Leprosy in India: report of the Leprosy Commission in India, 1890-91
Year: 1890
Disease focus: Leprosy
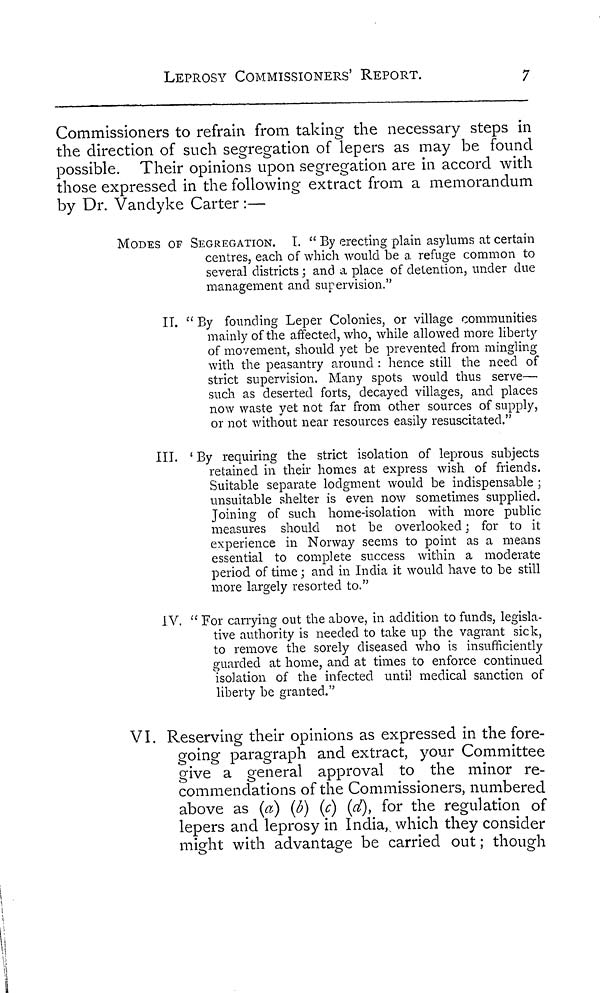
LEPROSY COMMISSIONERS' REPORT.
7
Commissioners to refrain, from taking the necessary steps in
the direction of such segregation of lepers as may be found
possible. Their opinions upon segregation are in accord with
those expressed in the following extract from a memorandum
by Dr. Vandyke Carter :—
MODES OF SEGREGATION. L. " By erecting plain asylums at certain
centres, each of which would be a refuge common to
several districts ; and a place of detention, under due
management and supervision."
IT. " By founding Leper Colonies, or village communities
mainly of the affected, who, while allowed more liberty
of movement, should yet be prevented from mingling
with the peasantry around : hence still the need of
strict supervision. Many spots would thus serve—
such as deserted forts, decayed villages, and places
now waste yet not far from other sources of supply,
or not without near resources easily resuscitated."
III. 'By requiring the strict isolation of leprous subjects
retained in their homes at express wish of friends.
Suitable separate lodgment would be indispensable ;
unsuitable shelter is even now sometimes supplied.
Joining of such home-isolation with more public
measures should not be overlooked ; for to it
experience in Norway seems to point as a means
essential to complete success within a moderate
period of time ; and in India it would have to be still
more largely resorted to."
IV. " For carrying out the above, in addition to funds, legisla-
tive authority is needed to take up the vagrant sick,
to remove the sorely diseased who is insufficiently
guarded at home, and at times to enforce continued
isolation of the infected until medical sanction of
liberty be granted."
VI. Reserving their opinions as expressed in the fore-
going paragraph and extract, your Committee
give a general approval to the minor re-
commendations of the Commissioners, numbered
above as (a) (b) (c) (d), for the regulation of
lepers and leprosy in India, which they consider
might with advantage be carried out ; though